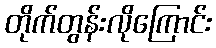
တိုက်တွန်းလိုကြောင်း